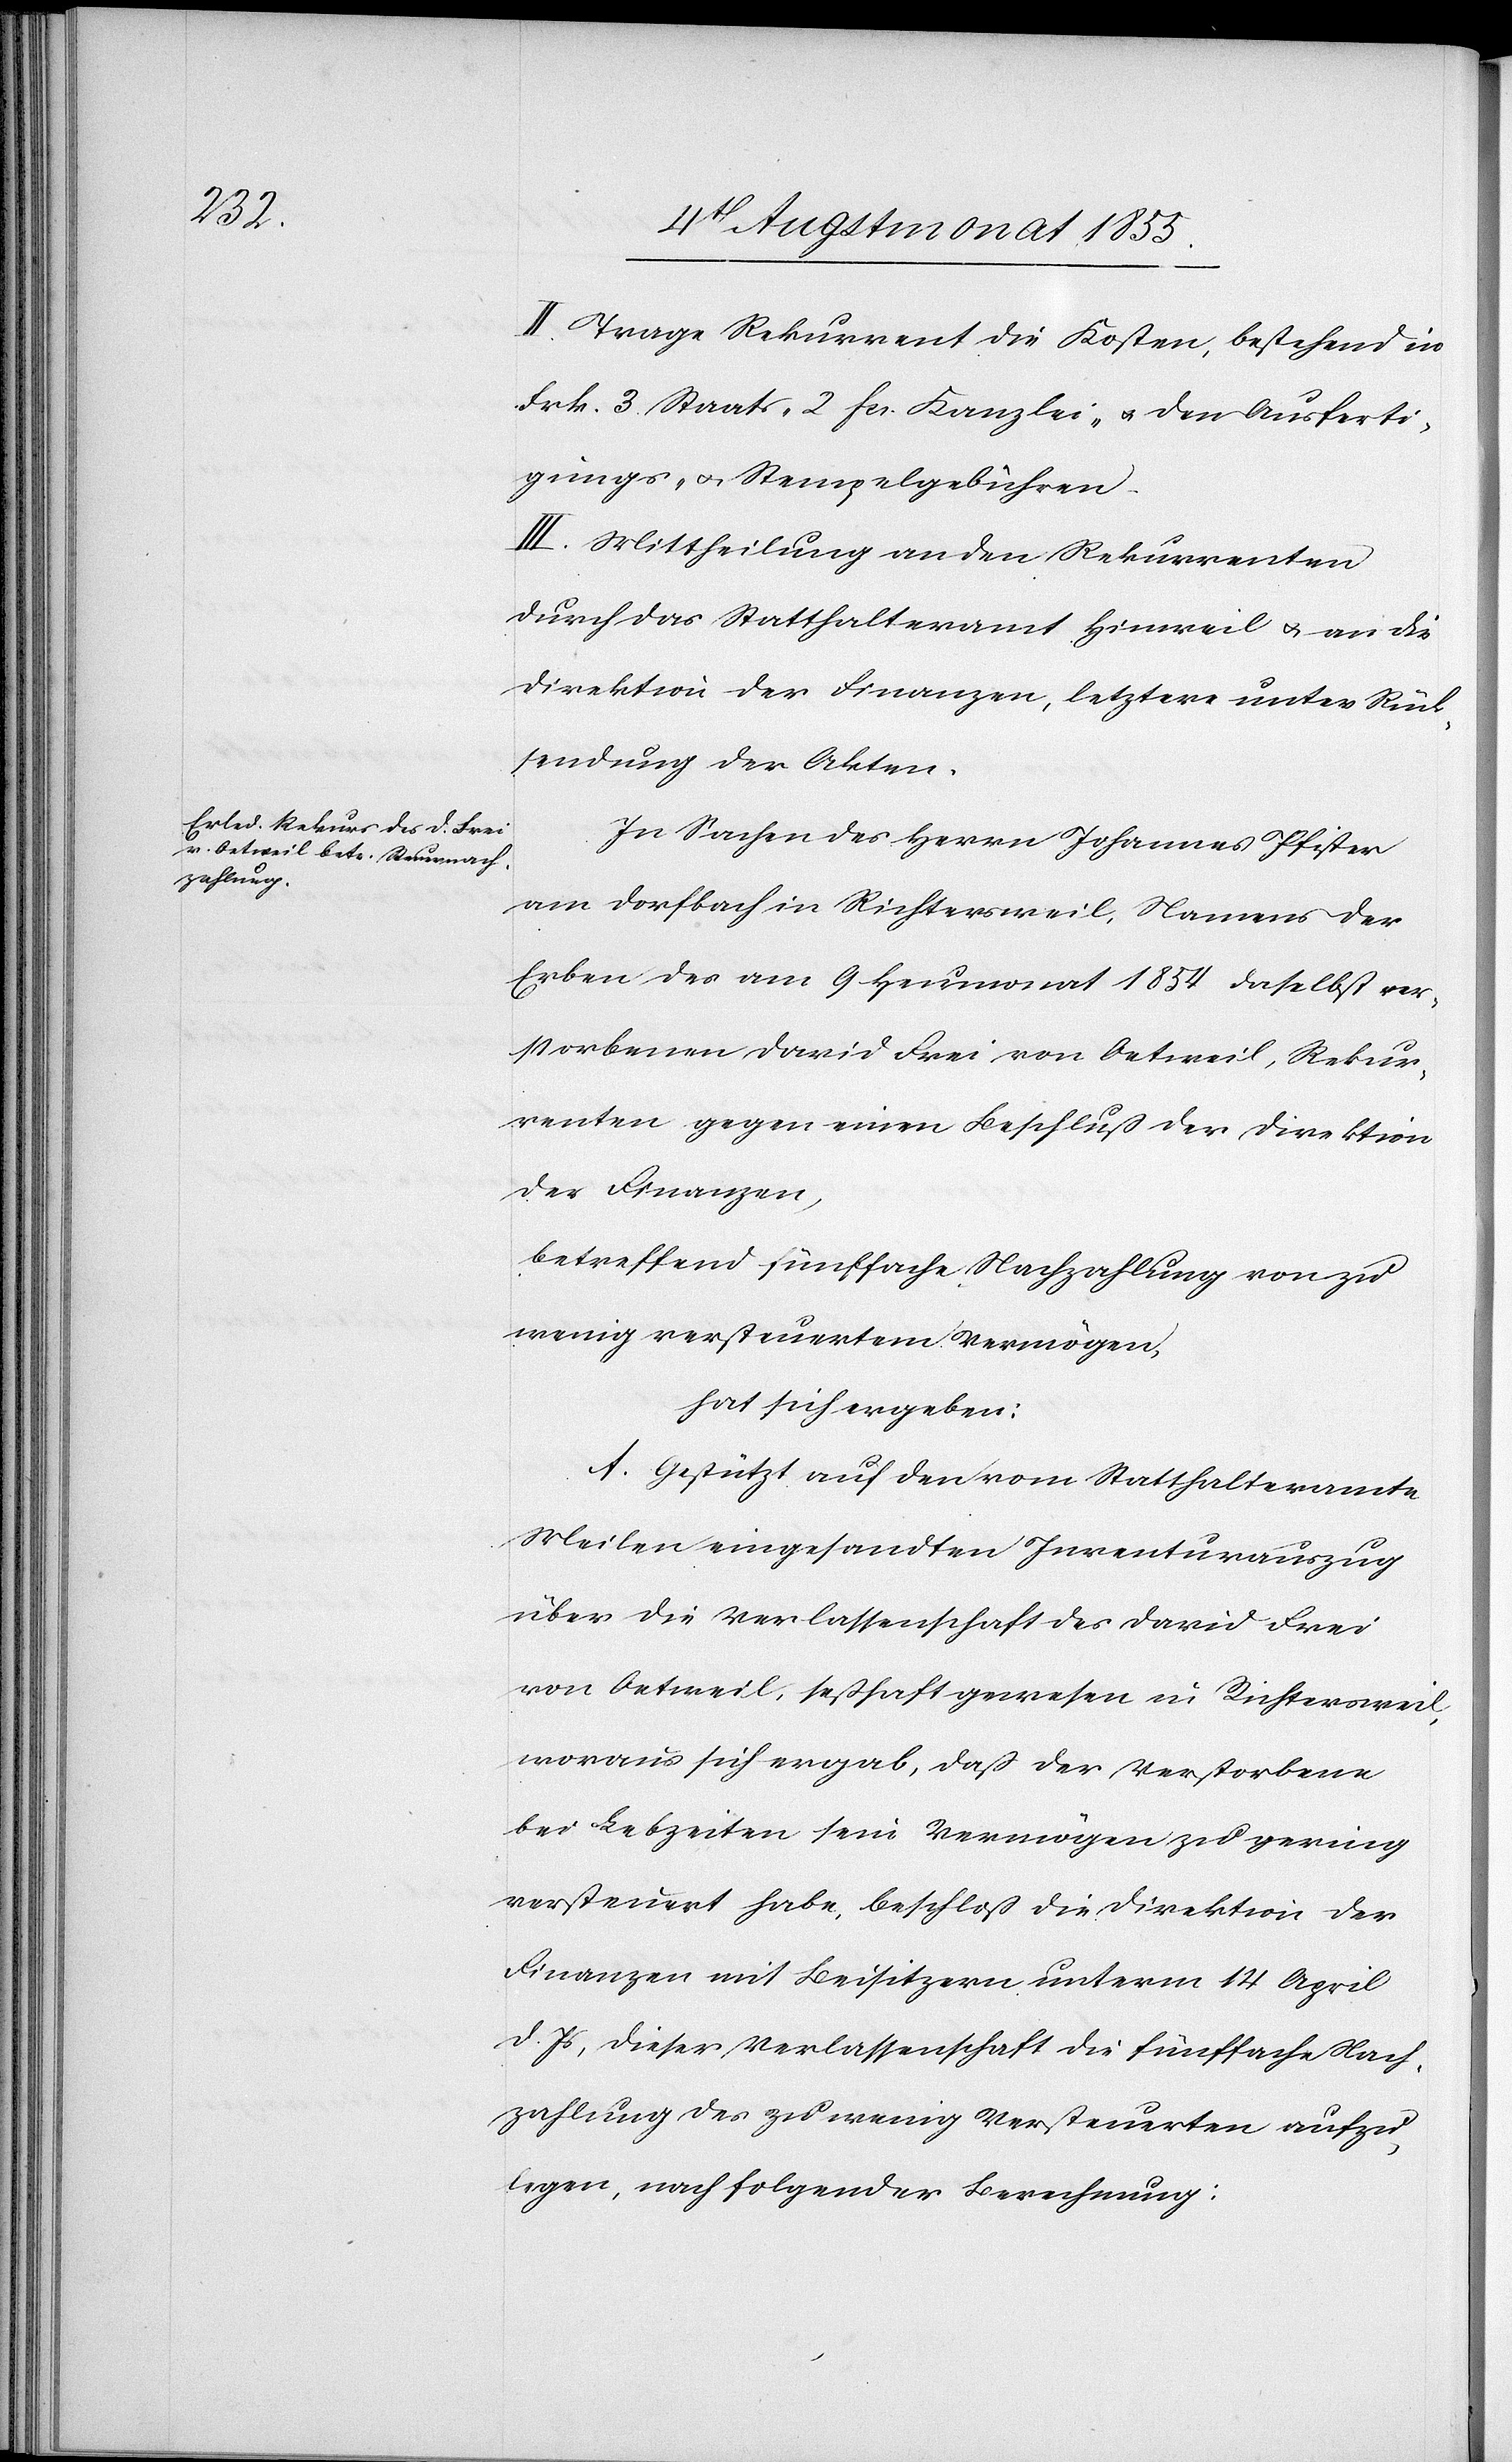
II. Trage Rekurrent die Kosten, bestehend in
Frk. 3. Staats-[,] 2 Fcs. Kanzlei- & den Ausferti¬
gungs- & Stempelgebühren.
III. Mittheilung an den Rekurrenten
durch das Statthalteramt Hinweil & an die
Direktion der Finanzen, letztere unter Rück¬
sendung der Akten.
In Sachen des Herrn Johannes Pfister
am Dorfbach in Richtersweil, Namens der
Erben des am 9 Heumonat 1854 daselbst ver¬
storbenen David Frei von Oetweil, Rekur¬
renten gegen einen Beschluß der Direktion
der Finanzen,
betreffend fünffache Nachzahlung von zu
wenig versteuertem Vermögen,
hat sich ergeben:
A. Gestützt auf den vom Statthalteramte
Meilen eingesandten Inventurauszug
über die Verlassenschaft des David Frei
von Oetweil, seßhaft gewesen in Richtersweil,
woraus sich ergab, daß der Verstorbene
bei Lebzeiten sein Vermögen zu gering
versteuert habe, beschloß die Direktion der
Finanzen mit Beisitzern unterm 14 April
d. Js, dieser Verlassenschaft die fünffache Nach¬
zahlung des zu wenig Versteuerten aufzu¬
legen, nach folgender Berechnung: